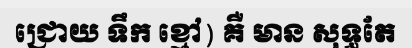
ជ្រោយ ទឹក ខ្មៅ) គឺ មាន សុទ្ធតែ